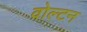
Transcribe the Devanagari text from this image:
वोल्टन